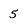
Character: 5